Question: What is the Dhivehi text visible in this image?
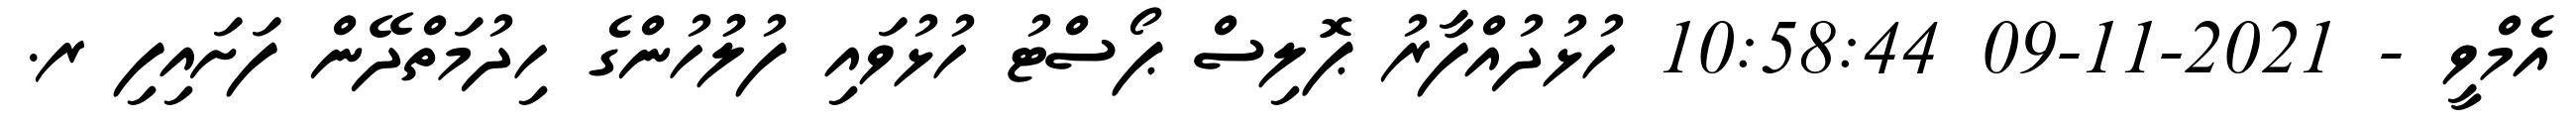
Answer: އެމްވީ - 2021-11-09 10:58:44 ހުޅުދުއްފާރު ޕޮލިސް ޕޯސްޓު ހުޅުވައި ފުލުުހުންގެ ހިދުމަތްދޭން ފަށައިފި ރ.